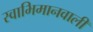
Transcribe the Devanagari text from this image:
स्वाभिमानवाली